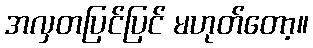
အလှတပြင်ပြင် မဟုတ်တော့။